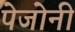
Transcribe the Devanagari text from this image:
पेजोनी